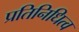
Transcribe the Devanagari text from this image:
प्रतिनिधित्व